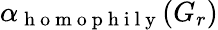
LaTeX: \alpha_{\mathrm{~h~o~m~o~p~h~i~l~y~}}(G_{r})